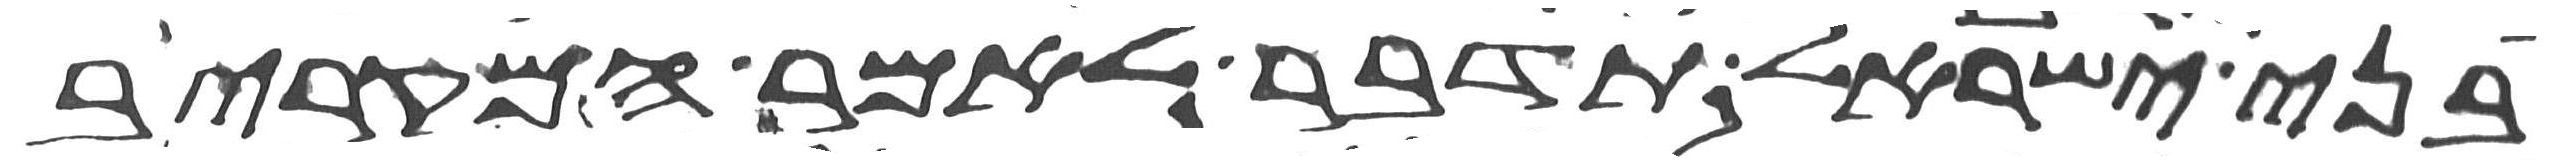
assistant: בני ישראל תדבר לאמר המקריב